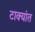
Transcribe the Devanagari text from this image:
टाक्यांत